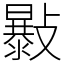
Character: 𣀛